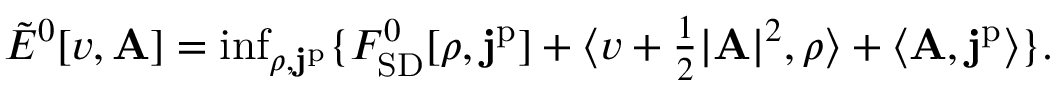
\begin{array} { r } { \tilde { E } ^ { 0 } [ v , \mathbf { A } ] = \operatorname* { i n f } _ { \rho , \mathbf { j } ^ { \mathrm { p } } } \{ F _ { \mathrm { S D } } ^ { 0 } [ \rho , \mathbf { j } ^ { \mathrm { p } } ] + \langle v + \frac { 1 } { 2 } | \mathbf { A } | ^ { 2 } , \rho \rangle + \langle \mathbf { A } , \mathbf { j } ^ { \mathrm { p } } \rangle \} . } \end{array}